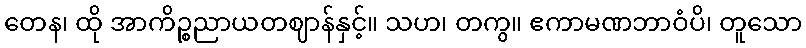
တေန၊ ထို အာကိဉ္စညာယတဈာန်နှင့်။ သဟ၊ တကွ။ ဧကာမဏဘာဝံပိ၊ တူသော